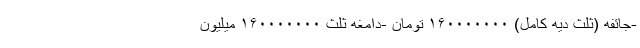
-جائفه (ثلث دیه کامل) ۱۶۰۰۰۰۰۰۰ تومان -دامغه ثلث ۱۶۰۰۰۰۰۰۰ میلیون